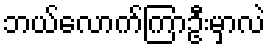
ဘယ်လောက်ကြာဦးမှာလဲ